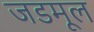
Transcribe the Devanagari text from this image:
जडमूल